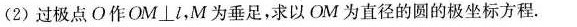
(2)过极点O作OM\bot l，M为垂足，求以OM为直径的圆的极坐标方程。